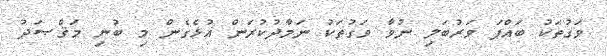
ވަގުތަކު ބައްޕަ ވަރުބަލި ނުވާ ވަގުތަކު ނަމާދުކުރަން އުޅެގެން މި ބުނި މަޤްޞަދު